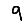
Digit: 9